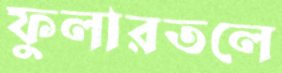
ফুলারতলে